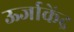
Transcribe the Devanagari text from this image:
ऊर्जाकेंद्र